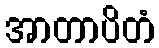
အာတာပိတံ